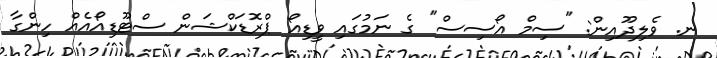
ނ. ވެލިދޫއިން: "ސިމް އޯސިސް" ގެ ނަމުގައި ވީޑިއޯ ޕްރޮޑަކްޝަން ސްޓޫޑިއޯއެއް ހިންގާ